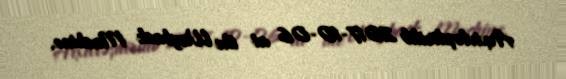
Arxivləşdirilib 2017-10-06 at the Wayback Machine.